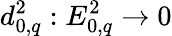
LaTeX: d_{0,q}^{2}:E_{0,q}^{2}\to 0